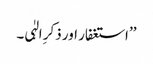
’’استغفار اور ذکرِ الہٰی۔